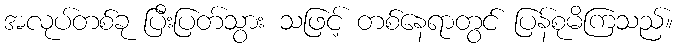
အလုပ်တစ်ခု ပြီးပြတ်သွား သဖြင့် တစ်နေရာတွင် ပြန်စုမိကြသည်။